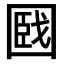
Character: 𡈑